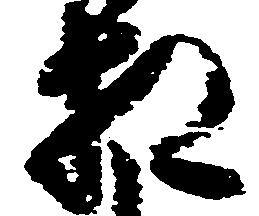
相